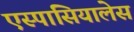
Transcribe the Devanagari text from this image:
एस्पासियालेस